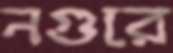
নগুরে